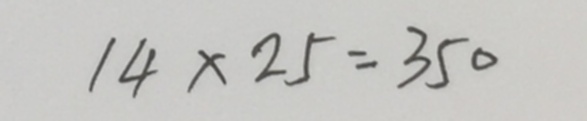
1 4 \times 2 5 = 3 5 0